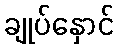
ချုပ်နှောင်